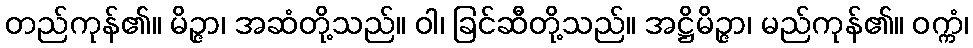
တည်ကုန်၏။ မိဉ္ဇာ၊ အဆံတို့သည်။ ဝါ၊ ခြင်ဆီတို့သည်။ အဋ္ဌိမိဉ္ဇာ၊ မည်ကုန်၏။ ဝက္ကံ၊